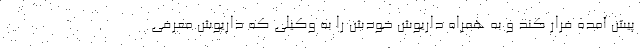
پیش آمده فرار کند و به همراه داریوش خودش را به وکیلی که داریوش معرفی